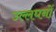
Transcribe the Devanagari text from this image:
उल्लघनों